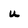
Character: u